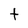
Character: t